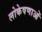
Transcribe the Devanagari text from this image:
लोकेषणाओं